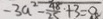
- 3 a ^ { 2 } - \frac { 4 8 } { 2 5 } + 3 = 0